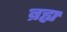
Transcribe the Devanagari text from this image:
ब्रह्य